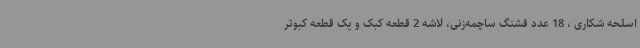
اسلحه شکاری ، 18 عدد فشنگ ساچمه‌زنی، لاشه 2 قطعه کبک و یک قطعه کبوتر